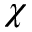
\chi